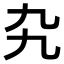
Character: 𠃙